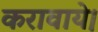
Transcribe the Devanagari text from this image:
करावाये।